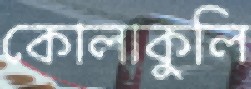
কোলাকুলি